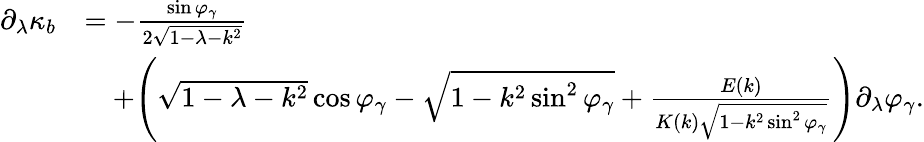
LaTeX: \begin{array}{rl}{\partial_{\lambda}\kappa_{b}}&{=-\frac{\sin\varphi_{\gamma}}{2\sqrt{1-\lambda-k^{2}}}}\\ &{\quad+\Bigg(\sqrt{1-\lambda-k^{2}}\cos\varphi_{\gamma}-\sqrt{1-k^{2}\sin^{2}\varphi_{\gamma}}+\frac{E(k)}{K(k)\sqrt{1-k^{2}\sin^{2}\varphi_{\gamma}}}\Bigg)\partial_{\lambda}\varphi_{\gamma}.}\end{array}